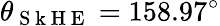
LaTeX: \theta_{\mathrm{~S~k~H~E~}}=158.97^{\circ}